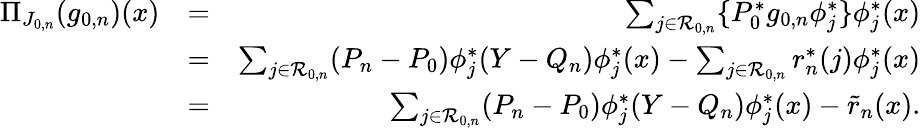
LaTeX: \begin{array}{rlr}{\Pi_{J_{0,n}}(g_{0,n})(x)}&{=}&{\sum_{j\in{\cal R}_{0,n}}\{ P_{0}^{*}g_{0,n}\phi_{j}^{*}\} \phi_{j}^{*}(x)}\\ &{=}&{\sum_{j\in{\cal R}_{0,n}}(P_{n}-P_{0})\phi_{j}^{*}(Y-{Q_{n}})\phi_{j}^{*}(x)-\sum_{j\in{\cal R}_{0,n}}r_{n}^{*}(j)\phi_{j}^{*}(x)}\\ &{=}&{\sum_{j\in{\cal R}_{0,n}}(P_{n}-P_{0})\phi_{j}^{*}(Y-{Q_{n}})\phi_{j}^{*}(x)-\tilde{r}_{n}(x).}\end{array}